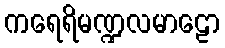
ကရေရိမဏ္ဍလမာဠော